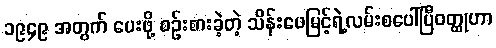
၁၉၄၉ အတွက် ပေးဖို့ စဉ်းစားခဲ့တဲ့ သိန်းဖေမြင့်ရဲ့လမ်းစပေါ်ပြီဝတ္ထုဟာ